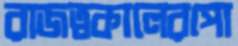
রাজত্বকালেরপো